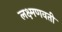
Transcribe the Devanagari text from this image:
लक्ष्मणवती